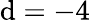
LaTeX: \mathrm{d}=-4